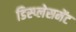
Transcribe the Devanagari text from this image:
डिस्प्लेसमेंट